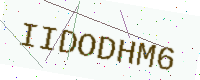
Text: IIDODHM6